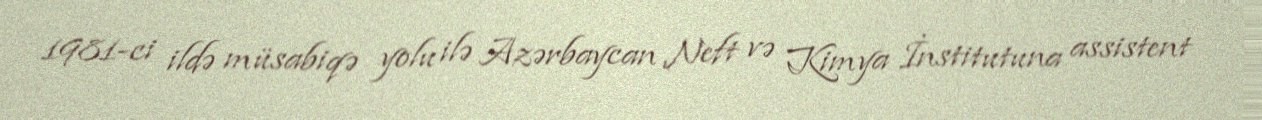
1981-ci ildə müsabiqə yolu ilə Azərbaycan Neft və Kimya İnstitutuna assistent